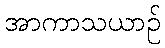
အာကာသယာဉ်